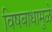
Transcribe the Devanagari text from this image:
विषबाधामुळे